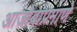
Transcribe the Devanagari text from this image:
आजोबाप्रमाणे